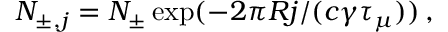
N _ { \pm , j } = N _ { \pm } \exp ( - 2 \pi R j / ( c \gamma \tau _ { \mu } ) ) \, ,